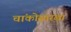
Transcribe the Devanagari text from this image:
चांकोसारखा